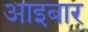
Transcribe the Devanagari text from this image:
आइबार